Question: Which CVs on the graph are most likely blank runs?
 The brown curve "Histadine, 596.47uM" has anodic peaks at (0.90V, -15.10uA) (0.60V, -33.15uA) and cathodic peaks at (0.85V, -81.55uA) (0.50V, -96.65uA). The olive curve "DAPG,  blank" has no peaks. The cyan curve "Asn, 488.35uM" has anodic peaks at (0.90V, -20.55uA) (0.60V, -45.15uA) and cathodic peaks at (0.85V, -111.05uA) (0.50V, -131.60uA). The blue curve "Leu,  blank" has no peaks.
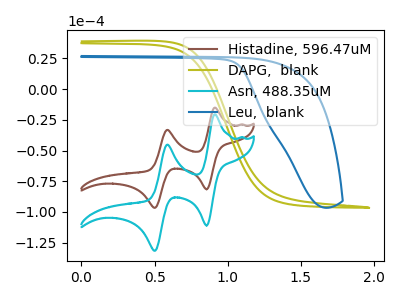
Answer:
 <answer>"DAPG,  blank" and "Leu,  blank" are likely to be blanks.</answer>
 <eval>"DAPG,  blank", "Leu,  blank"</eval>